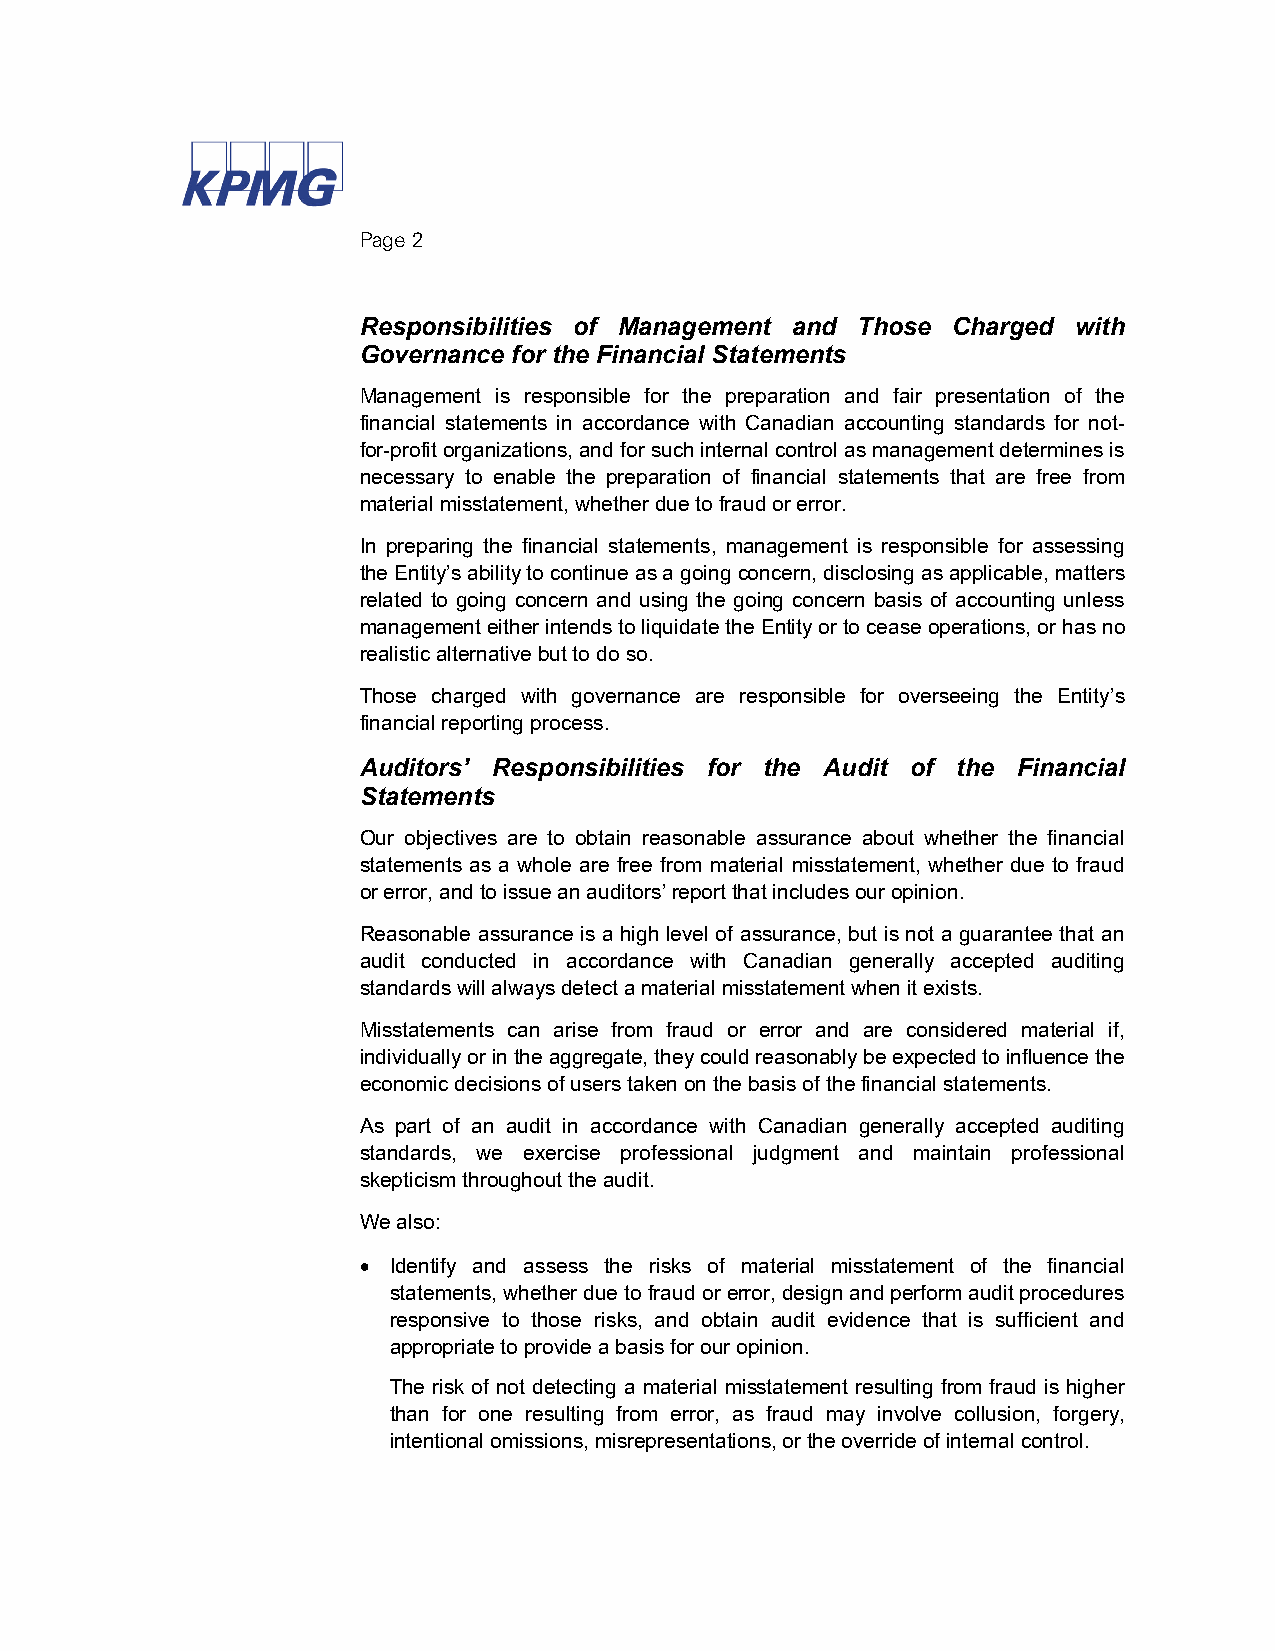
Page 2
 Responsibilities of Management and Those Charged with
 Governance for the Financial Statements
 Management is responsible for the preparation and fair presentation of the
 financial statements in accordance with Canadian accounting standards for not-
 for-profit organizations, and for such internal control as management determines is
 necessary to enable the preparation of financial statements that are free from
 material misstatement, whether due to fraud or error.
 In preparing the financial statements, management is responsible for assessing
 the Entity’s ability to continue as a going concern, disclosing as applicable, matters
 related to going concern and using the going concern basis of accounting unless
 management either intends to liquidate the Entity or to cease operations, or has no
 realistic alternative but to do so.
 Those charged with governance are responsible for overseeing the Entity’s
 financial reporting process.
 Auditors’ Responsibilities for the Audit of the Financial
 Statements
 Our objectives are to obtain reasonable assurance about whether the financial
 statements as a whole are free from material misstatement, whether due to fraud
 or error, and to issue an auditors’ report that includes our opinion.
 Reasonable assurance is a high level of assurance, but is not a guarantee that an
 audit conducted in accordance with Canadian generally accepted auditing
 standards will always detect a material misstatement when it exists.
 Misstatements can arise from fraud or error and are considered material if,
 individually or in the aggregate, they could reasonably be expected to influence the
 economic decisions of users taken on the basis of the financial statements.
 As part of an audit in accordance with Canadian generally accepted auditing
 standards, we exercise professional judgment and maintain professional
 skepticism throughout the audit.
 We also:
  Identify and assess the risks of material misstatement of the financial
 statements, whether due to fraud or error, design and perform audit procedures
 responsive to those risks, and obtain audit evidence that is sufficient and
 appropriate to provide a basis for our opinion.
 The risk of not detecting a material misstatement resulting from fraud is higher
 than for one resulting from error, as fraud may involve collusion, forgery,
 intentional omissions, misrepresentations, or the override of internal control.